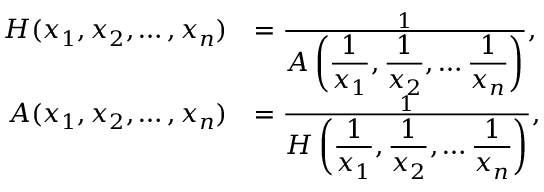
{ \begin{array} { r l } { H ( x _ { 1 } , x _ { 2 } , \ldots , x _ { n } ) } & { = { \frac { 1 } { \displaystyle A \left( { \frac { 1 } { x _ { 1 } } } , { \frac { 1 } { x _ { 2 } } } , \ldots { \frac { 1 } { x _ { n } } } \right) } } , } \\ { A ( x _ { 1 } , x _ { 2 } , \ldots , x _ { n } ) } & { = { \frac { 1 } { \displaystyle H \left( { \frac { 1 } { x _ { 1 } } } , { \frac { 1 } { x _ { 2 } } } , \ldots { \frac { 1 } { x _ { n } } } \right) } } , } \end{array} }